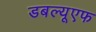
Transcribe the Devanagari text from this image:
डबल्यूएफ